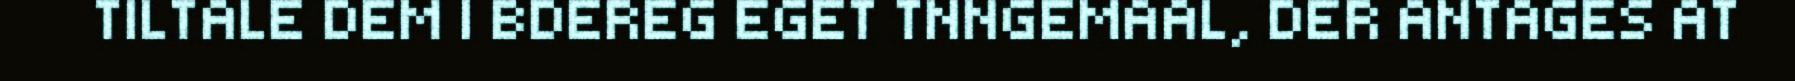
TILTALE DEM I BDEREG EGET TNNGEMAAL, DER ANTAGES AT